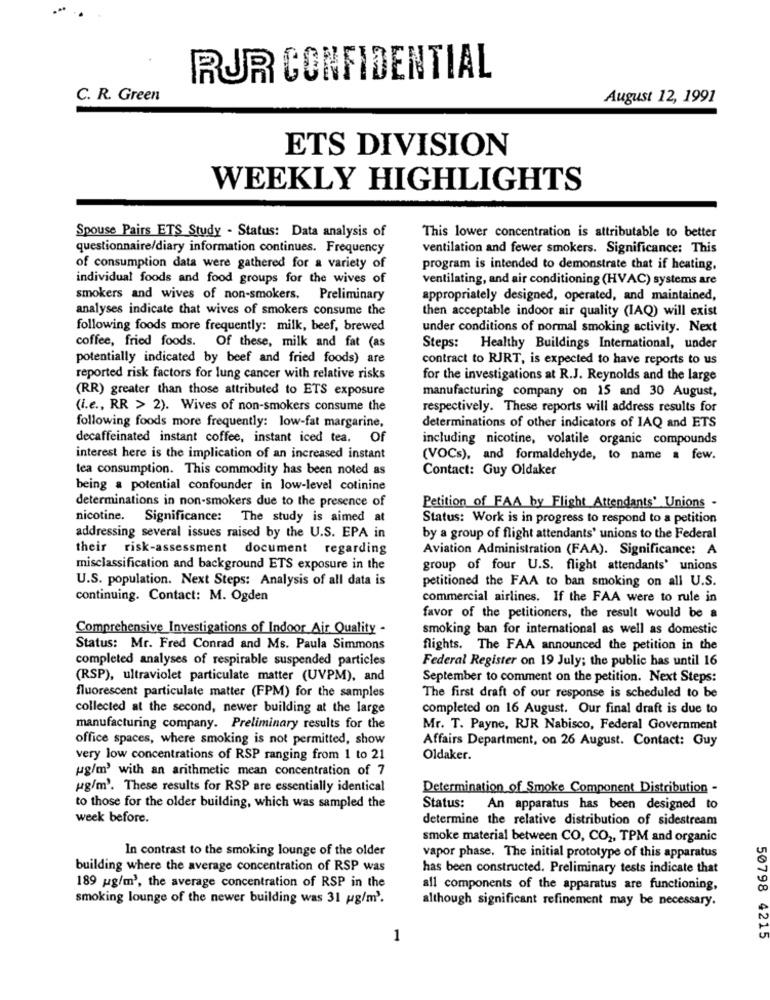
RUR CONFIDENTIAL
C. R. Green
August 12, 1991
ETS DIVISION
WEEKLY HIGHLIGHTS
Spouse Pairs ETS Study - Status: Data analysis of
This lower concentration is attributable to better
questionnaire/diary information continues. Frequency
ventilation and fewer smokers. Significance: This
of consumption data were gathered for a variety of
program is intended to demonstrate that if heating,
individual foods and food groups for the wives of
ventilating, and air conditioning (HVAC) systems are
smokers and wives of non-smokers. Preliminary
appropriately designed, operated, and maintained,
analyses indicate that wives of smokers consume the
then acceptable indoor air quality (IAQ) will exist
following foods more frequently: milk, beef, brewed
under conditions of normal smoking activity. Next
coffee, fried foods. Of these, milk and fat (as
Steps: Healthy Buildings International, under
potentially indicated by beef and fried foods) are
contract to RJRT, is expected to have reports to us
reported risk factors for lung cancer with relative risks
for the investigations at R.J. Reynolds and the large
(RR) greater than those attributed to ETS exposure
manufacturing company on 15 and 30 August,
(i.e ., RR > 2). Wives of non-smokers consume the
respectively. These reports will address results for
following foods more frequently: low-fat margarine,
determinations of other indicators of IAQ and ETS
decaffeinated instant coffee, instant iced tea. Of
including nicotine, volatile organic compounds
interest here is the implication of an increased instant
(VOCs), and formaldehyde, to name a few.
tea consumption. This commodity has been noted as
Contact: Guy Oldaker
being a potential confounder in low-level cotinine
determinations in non-smokers due to the presence of
Petition of FAA by Flight Attendants' Unions -
nicotine. Significance: The study is aimed at
Status: Work is in progress to respond to a petition
addressing several issues raised by the U.S. EPA in
by a group of flight attendants' unions to the Federal
their risk-assessment document regarding
Aviation Administration (FAA). Significance: A
misclassification and background ETS exposure in the
group of four U.S. flight attendants' unions
U.S. population. Next Steps: Analysis of all data is
petitioned the FAA to ban smoking on all U.S.
continuing. Contact: M. Ogden
commercial airlines. If the FAA were to rule in
favor of the petitioners, the result would be a
Comprehensive Investigations of Indoor Air Quality -
smoking ban for international as well as domestic
Status: Mr. Fred Conrad and Ms. Paula Simmons
flights. The FAA announced the petition in the
completed analyses of respirable suspended particles
Federal Register on 19 July; the public has until 16
(RSP), ultraviolet particulate matter (UVPM), and
September to comment on the petition. Next Steps:
fluorescent particulate matter (FPM) for the samples
The first draft of our response is scheduled to be
collected at the second, newer building at the large
completed on 16 August. Our final draft is due to
manufacturing company. Preliminary results for the
Mr. T. Payne, RJR Nabisco, Federal Government
office spaces, where smoking is not permitted, show
Affairs Department, on 26 August. Contact: Guy
very low concentrations of RSP ranging from 1 to 21
Oldaker.
ug/m' with an arithmetic mean concentration of 7
ug/m'. These results for RSP are essentially identical
Determination of Smoke Component Distribution -
to those for the older building, which was sampled the
Status: An apparatus has been designed to
week before.
determine the relative distribution of sidestream
smoke material between CO, CO2, TPM and organic
In contrast to the smoking lounge of the older
vapor phase. The initial prototype of this apparatus
building where the average concentration of RSP was
has been constructed. Preliminary tests indicate that
189 pg/m3, the average concentration of RSP in the
all components of the apparatus are functioning,
smoking lounge of the newer building was 31 g/m'.
although significant refinement may be necessary.
1
50798 4215